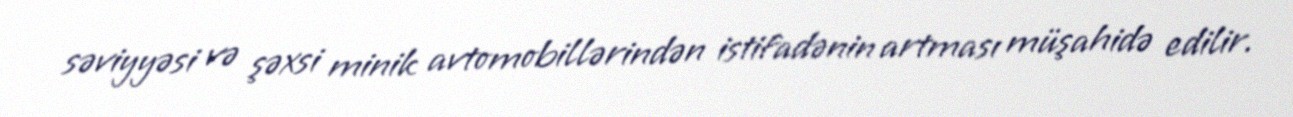
səviyyəsi və şəxsi minik avtomobillərindən istifadənin artması müşahidə edilir.